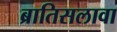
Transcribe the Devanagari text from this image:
ब्रातिसलावा